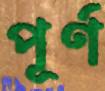
পূর্ণ